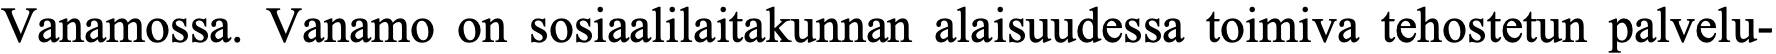
Vanamossa. Vanamo on sosiaalilaitakunnan alaisuudessa toimiva tehostetun palvelu-